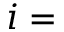
i =